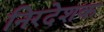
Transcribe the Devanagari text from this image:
निरदेशक